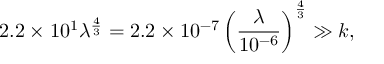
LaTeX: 2 . 2 \times 1 0 ^ { 1 } \lambda ^ { \frac { 4 } { 3 } } = 2 . 2 \times 1 0 ^ { - 7 } \left( \frac { \lambda } { 1 0 ^ { - 6 } } \right) ^ { \frac { 4 } { 3 } } \gg k ,